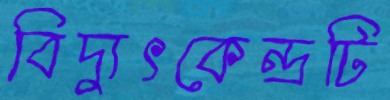
বিদ্যুৎকেন্দ্রটি